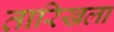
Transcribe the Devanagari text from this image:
तारिखला